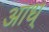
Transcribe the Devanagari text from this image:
आध्